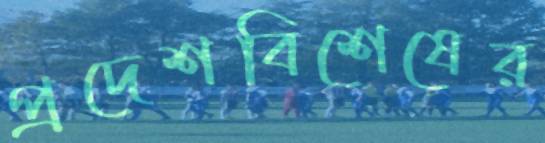
প্রদেশবিশেষের